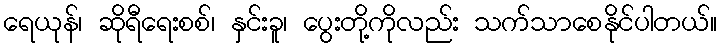
ရေယုန်၊ ဆိုရီရေးစစ်၊ နှင်းခူ၊ ပွေးတို့ကိုလည်း သက်သာစေနိုင်ပါတယ်။